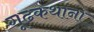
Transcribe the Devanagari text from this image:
गूढकथांना